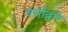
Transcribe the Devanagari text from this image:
वर्णांद्वारे